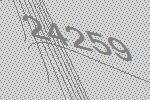
24259